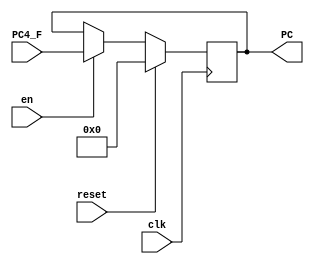
`timescale 1ns / 1ps
//////////////////////////////////////////////////////////////////////////////////
// Company: 
// Engineer: 
// 
// Design Name: 
// Module Name: pc
// Project Name: 
// Target Devices: 
// Tool Versions: 
// Description: 
// 
// Dependencies: 
// 
// Revision:
// Revision 0.01 - File Created
// Additional Comments:
// 
//////////////////////////////////////////////////////////////////////////////////


module pc(
    input clk,
    input reset,
    input en,
    input [31:0] PC4_F,
    output reg [31:0] PC
    );

    always @(posedge clk)
        if(reset)
            PC <= 32'd0;
        else if(en)
            PC <= PC4_F;

endmodule